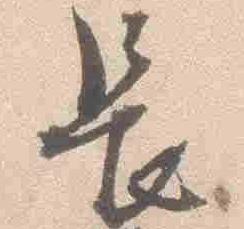
長